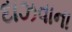
દાઝવાના